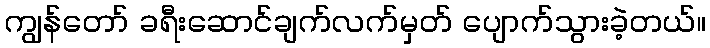
ကျွန်တော် ခရီးဆောင်ချက်လက်မှတ် ပျောက်သွားခဲ့တယ်။